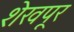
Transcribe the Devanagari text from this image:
शेखपूर